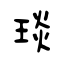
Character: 琰